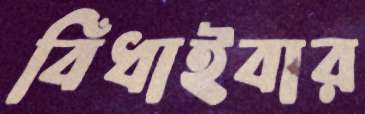
বিঁধাইবার